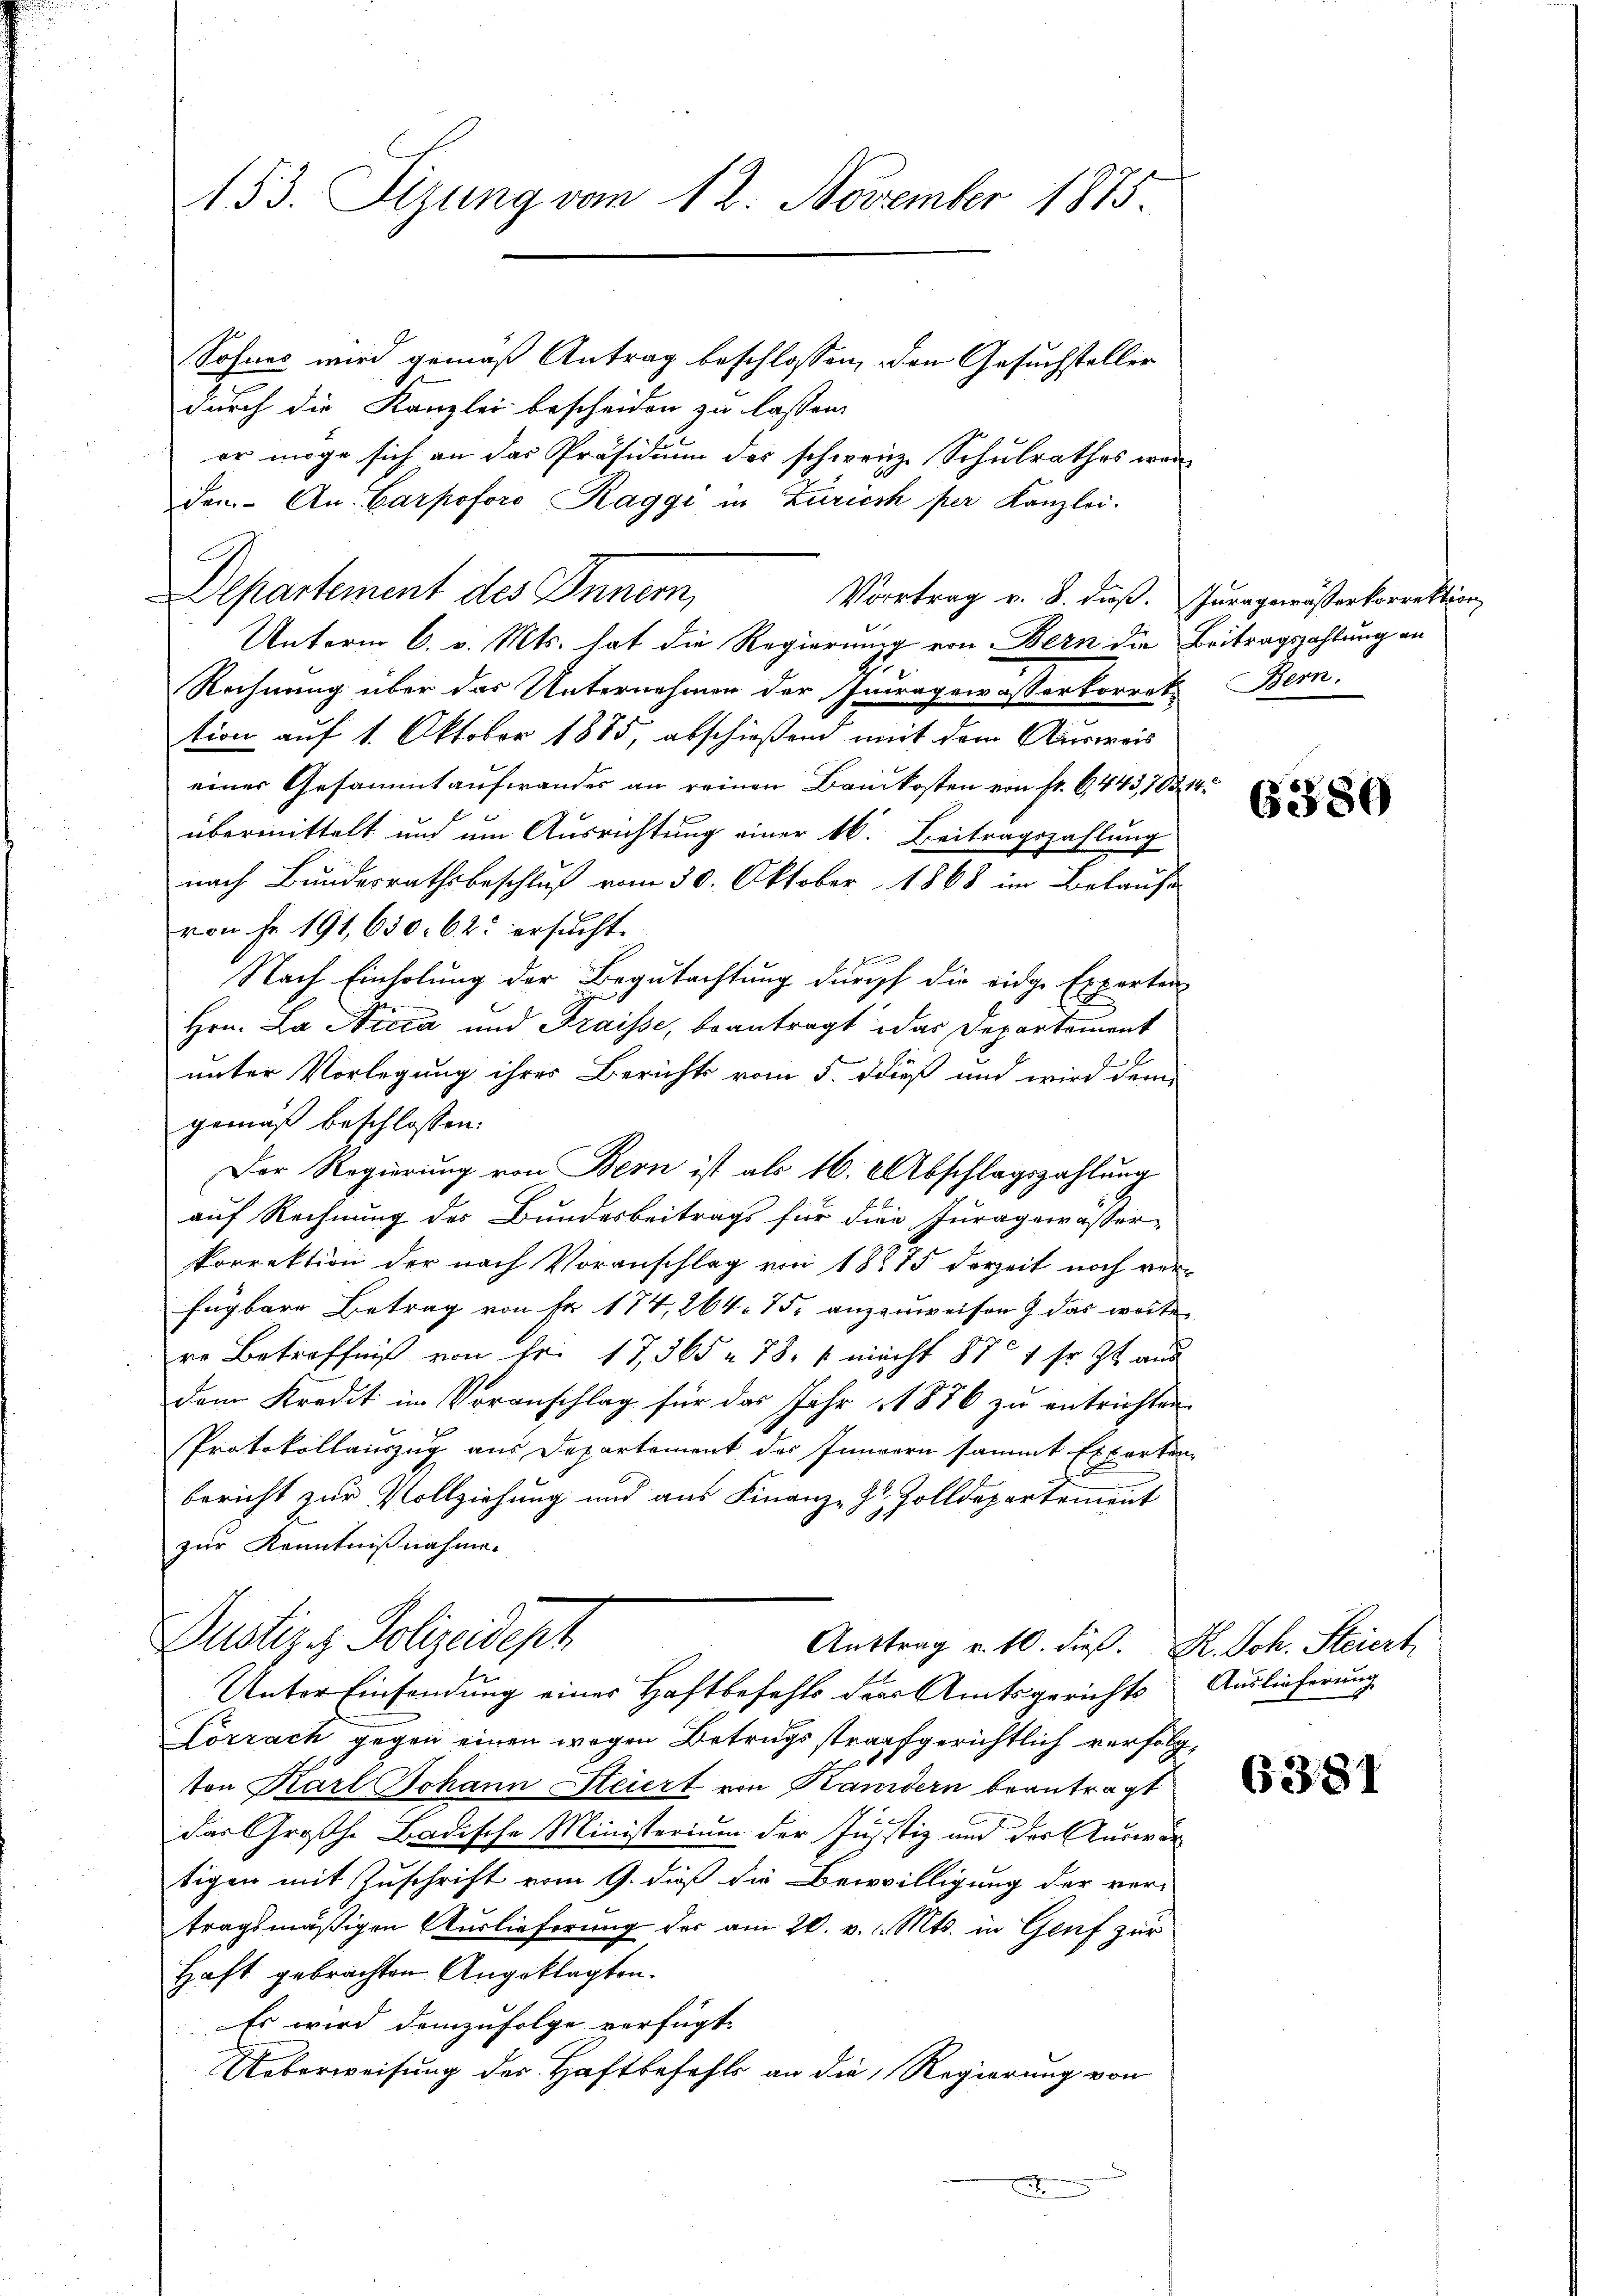
153. Sizung vom 12. November 1875.
Sohnes wird gemäß Antrag beschlossen, den Gesuchsteller
durch die Kanzlei bescheiden zu lassen.

er möge sich an das Präsidium des schweiz. Schulrathes wen
den An- Carpoforo Raggi in Zürich per Kanzlei-
Unterm 6. v. Mts. hat die Regierung von Bern die Beitragszahlung an
Rechnung über das Unternehmen der Incagewasserkorrek Bern.
tion auf 1. Oktober 1885, abschießend mit dem Ausweis
einer Gesammtaufwander an reinen Baukosten von fr. 6443, 10314.
übermittelt und um Ausrichtung einer kk. Beitragszahlung
nach Bundesrathsbeschluß vom 30. Oktober 1868 im Belaufs
von Fr. 191, 630. 62: ersucht.
und
Nach Einholung der Begutachtung durch die eidge Experten
Hrn. La Aicta und Fraisse, beantragt das Departement
unter Vorlegung ihres Berichts vom 5. Dieß und wird denn
gemäß beschlossen:
Der Regierung von Bern ist als 16. Abschlagszahlung
auf Rechnung des Bundesbeitrags für die Juragewasser-
Porrektion der nach Voranschlag von 18875 derzeit noch verfügbare Betrag von Fr. 174, 264. 75. anzuweisen & das weiten
re Betreffniß von bei 17,565 n 73. 1 macht 874 sr. Zt. aus
dem Kredit in Voranschlag für das Jahr 1876 zu entrichten.
Protokollauszug aus Departement des Innern sammt Experten
bericht zur Vollziehung und aus Finanz-Z Zolldepartement
zur Kenntnißnahme.
Justiz- Polizeidept
Aŭftrag v. 10. dieß. H. Joh. Steiert,
Unter Einsendung einer Haftbefehls der Amtsgerichts Auslieferung
Lörrach gegen einen wegen Betrugsstrafgerichtlich verfolgten Karl Johann Meiert von Kandern beantragt
das Großh. Badische Ministerium der Justiz und der Auswär
tigen mit Zuschrift vom 9. daß die Bewilligung der ver-
tragsmäßigen Auslieferung der am 20. v. d. Mts. in Genf zur
Haft gebrachten Angeklagten.
Es wird demzufolge verfügt:
Ueberweisung der Haftbefehls an die Regierung von

Departement des Innern,

Vortrag v. 8. dieß. Iuragewässerkorrektion

6380

6381